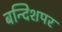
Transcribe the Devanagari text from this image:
बन्दिशपर